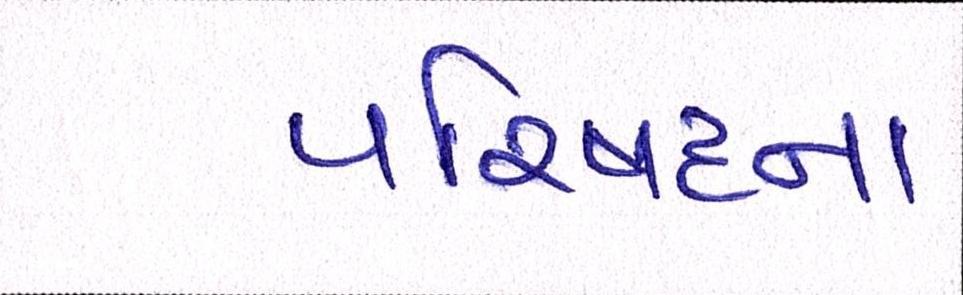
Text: પરિષદના